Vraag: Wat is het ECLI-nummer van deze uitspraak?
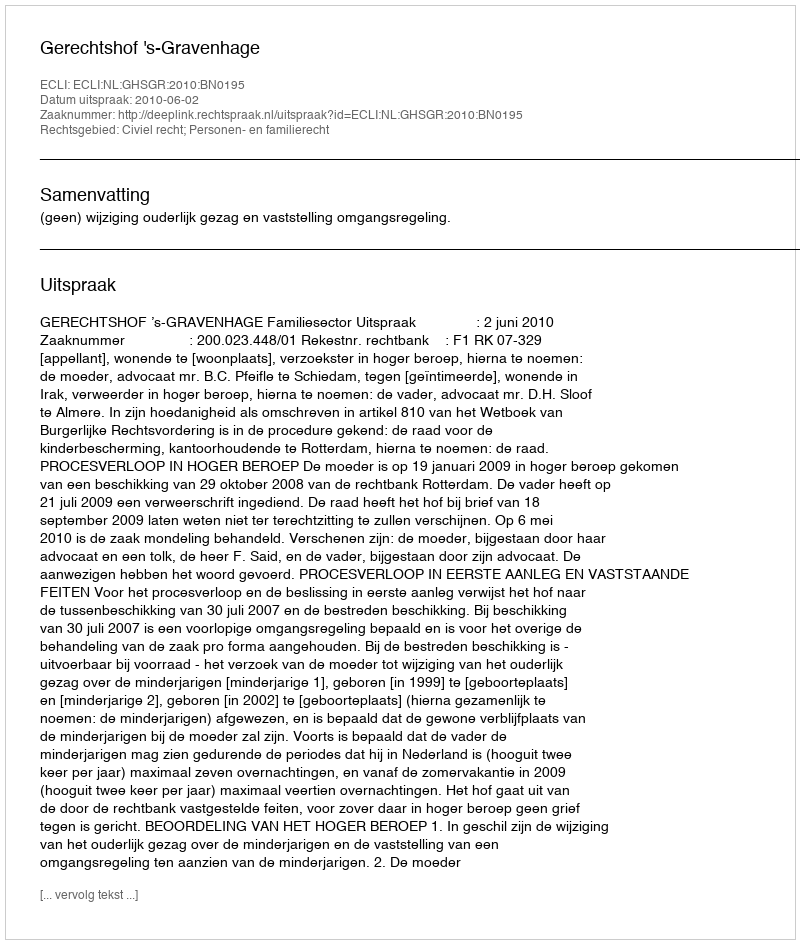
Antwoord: ECLI:NL:GHSGR:2010:BN0195